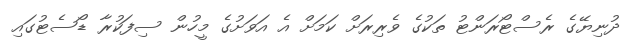
ދުނިޔޭގެ ރެސްޓޯރަންޓު ތަކުގެ ވެރިރަށް ކަމަށް އެ އަވަށުގެ މީހުން ސިފަކުރާ ޑޯސެޓުގައި